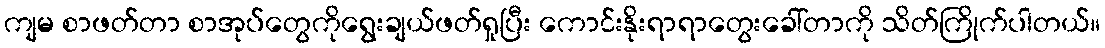
ကျမ စာဖတ်တာ စာအုပ်တွေကိုရွေးချယ်ဖတ်ရှုပြီး ကောင်းနိုးရာရာတွေးခေါ်တာကို သိတ်ကြိုက်ပါတယ်။